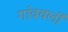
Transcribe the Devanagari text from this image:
गांववलों